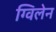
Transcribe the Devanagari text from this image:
ग्विलेन